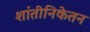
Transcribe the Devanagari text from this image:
शांतीनिकेतन